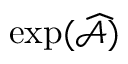
\exp ( \widehat { \mathcal { A } } )